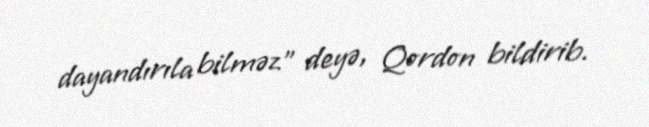
dayandırıla bilməz” deyə, Qordon bildirib.